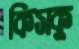
কিসকু